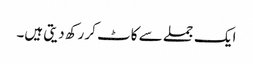
ایک جملے سے کاٹ کر رکھ دیتی ہیں۔